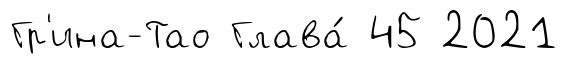
Гр'ина-Тао Глава́ 45 2021